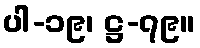
ပါ-၁၉၊ ဋ္ဌ-၇၉။